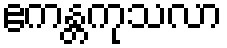
ဧကန္တကုသလာ